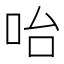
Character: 咍